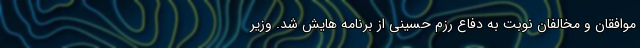
موافقان و مخالفان نوبت به دفاع رزم حسینی از برنامه هایش شد. وزیر